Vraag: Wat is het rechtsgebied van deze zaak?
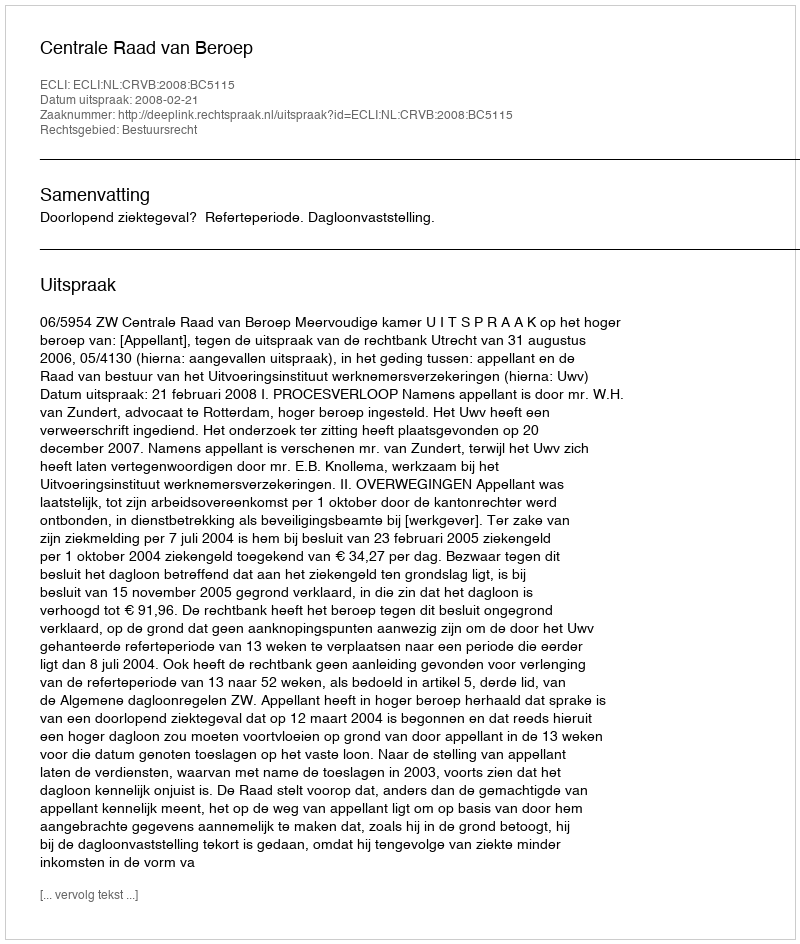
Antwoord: Bestuursrecht